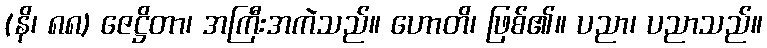
(နိ၊ ၈၈) ဇေဋ္ဌိတာ၊ အကြီးအကဲသည်။ ဟောတိ၊ ဖြစ်၏။ ပညာ၊ ပညာသည်။